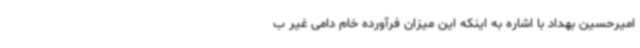
امیرحسین بهداد با اشاره به اینکه این میزان فرآورده خام دامی غیر ب